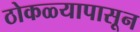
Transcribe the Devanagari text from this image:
ठोकळ्यापासून